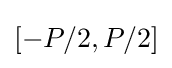
[-P/2,P/2]